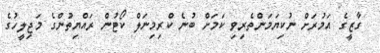
ގާޒީގެ އަމުރަށް ނުކިޔަމަންތެރިވި ކަމަށް ބުނެ ކްރިމިނަލް ކޯޓުން ރައްޔިތުންގެ މަޖިލީހުގެ